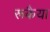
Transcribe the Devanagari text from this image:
रूकैया